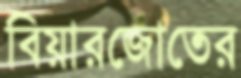
বিয়ারজোতের